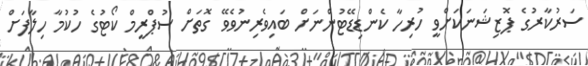
ސަރުކާރުގެ ޕޮޒިޝަނަކަށްވީ ހުރިހާ ކެންޑިޑޭޓުންނަށް ބައިވެރިނުވެވޭ ގޮތަށް ސުޕްރީމް ކޯޓުގެ ހުކުމާ ހިލާފަށް